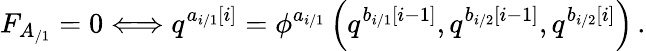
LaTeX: F_{A_{/1}}=0\Longleftrightarrow q^{a_{i/1}\left[i\right]}=\phi^{a_{i/1}}\left(q^{b_{i/1}\left[i-1\right]},q^{b_{i/2}\left[i-1\right]},q^{b_{i/2}\left[i\right]}\right)\, .